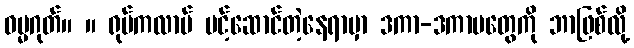
ဓမ္မဂုတ်။ ။ ရုပ်ကလာပ် ပင့်ဆောင်တဲ့နေရာမှာ ဒကာ-ဒကာမတွေကို ဘာဖြစ်လို့